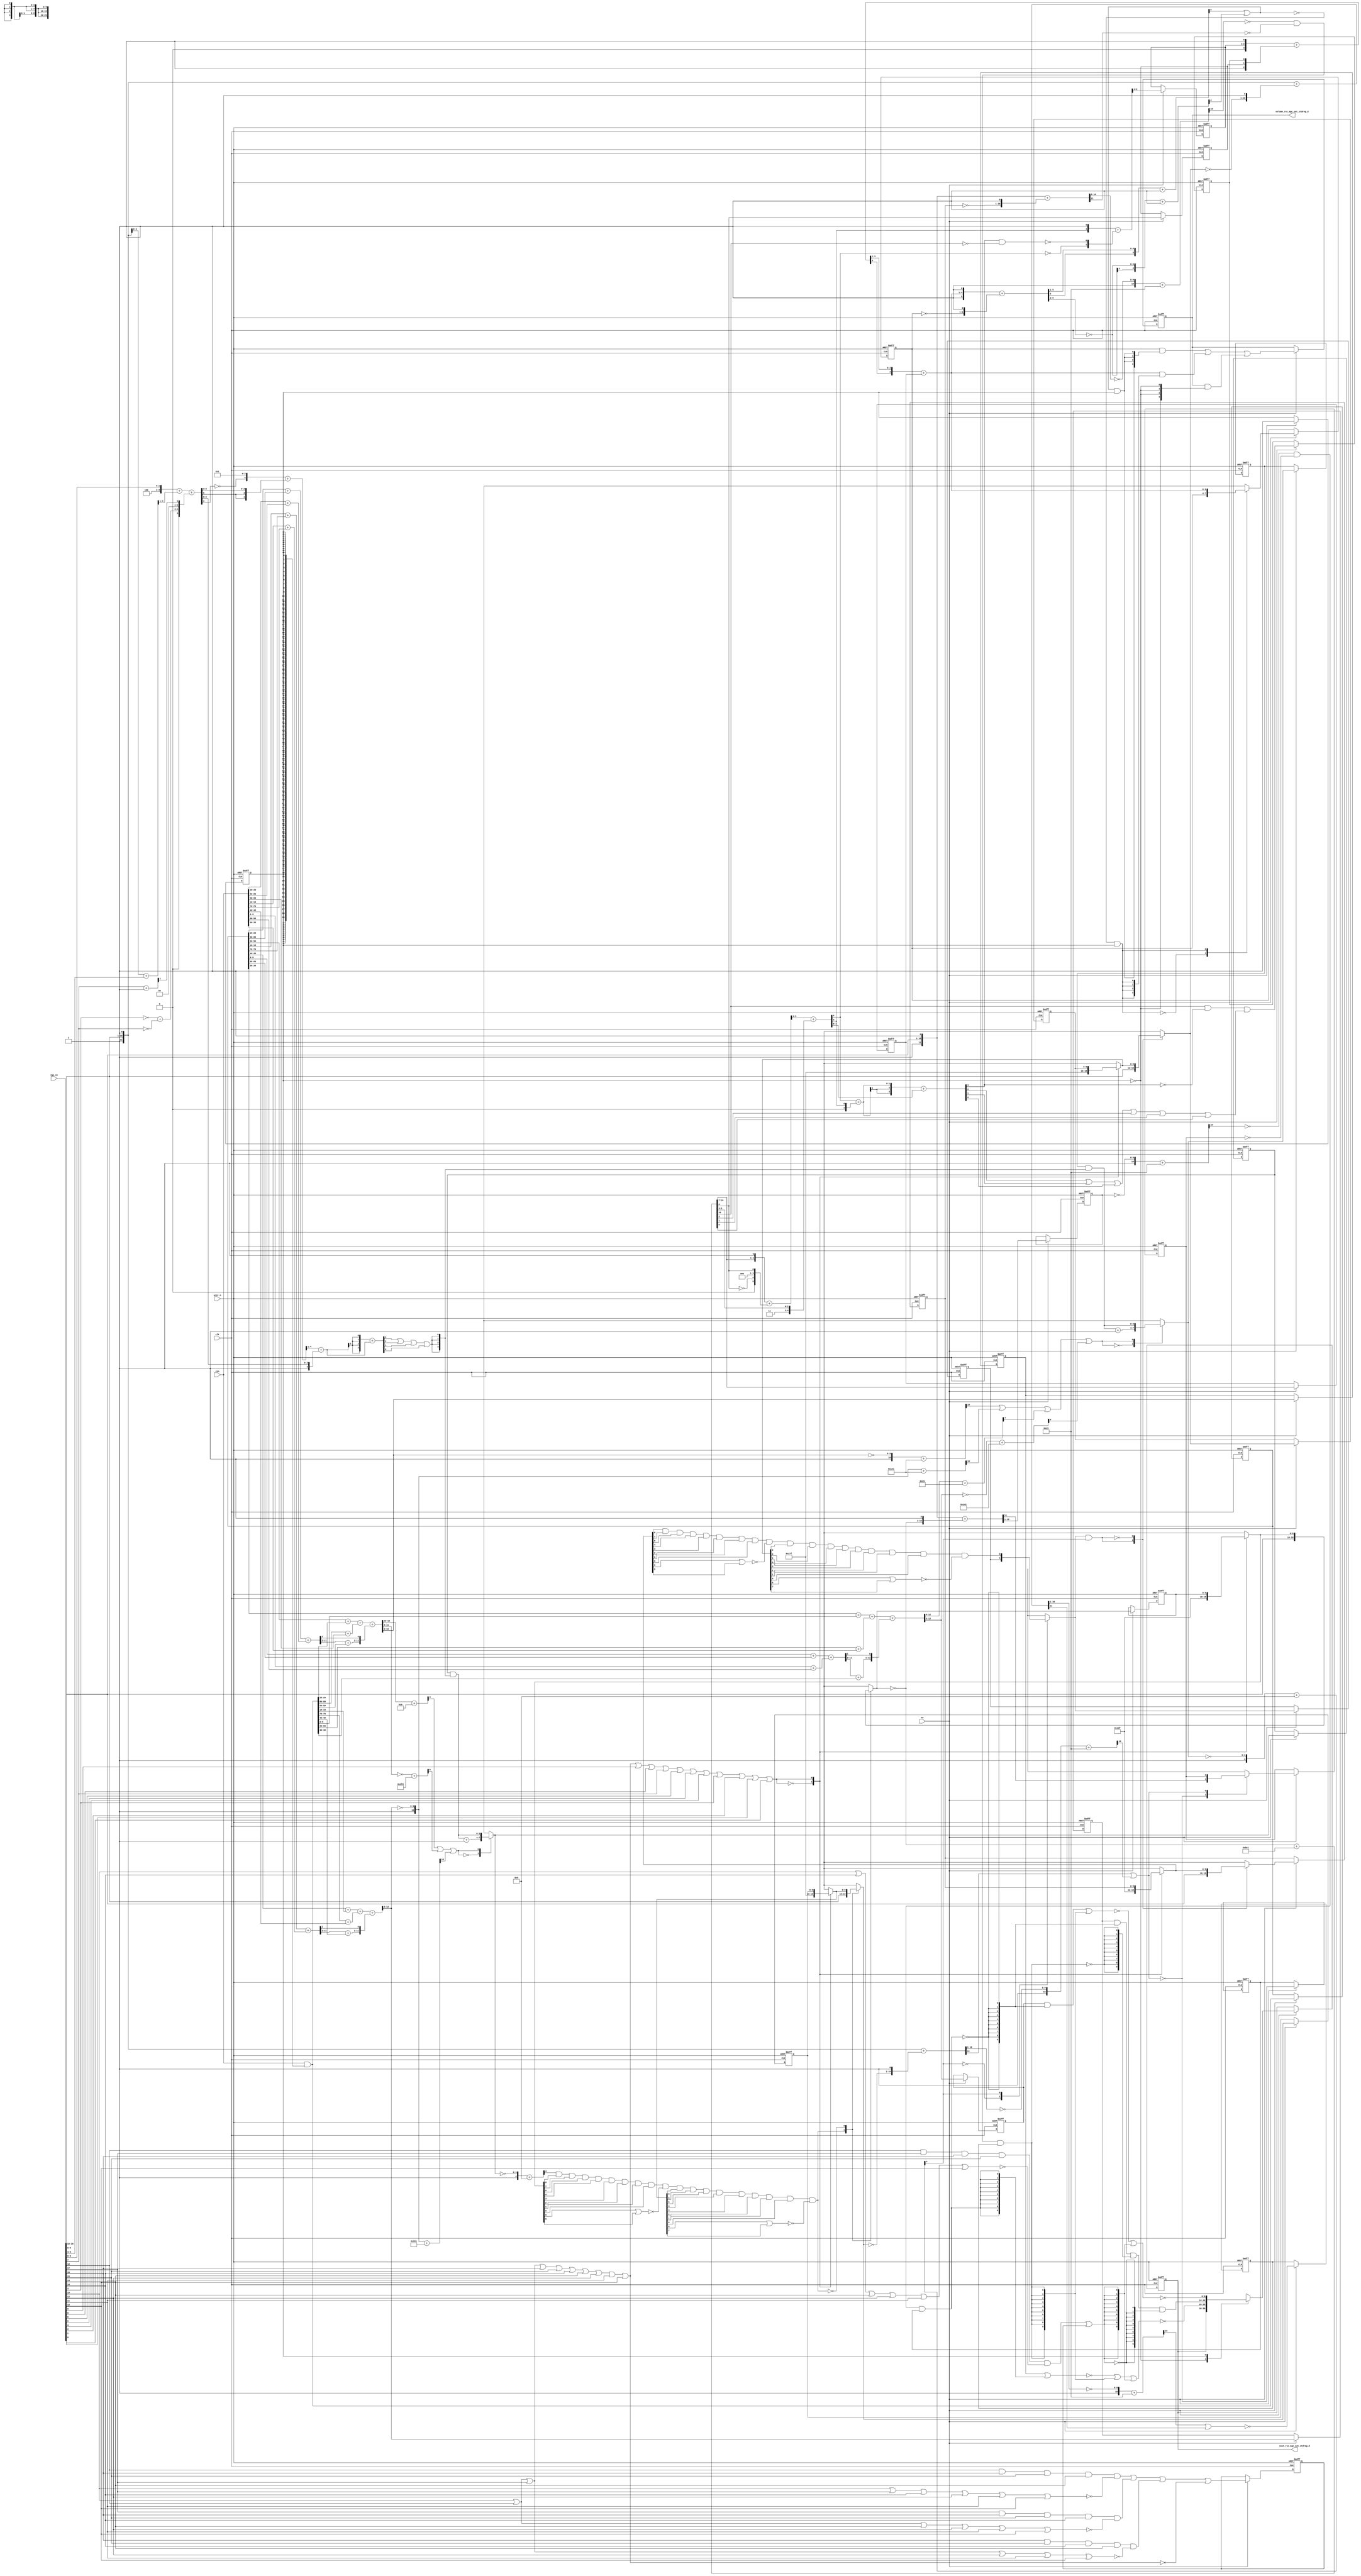
module gauss_blur_core (
  vin, vga_xy, clk, en, arst_n, vout_rsc_mgc_out_stdreg_d, volume_rsc_mgc_out_stdreg_d
);
  input [89:0] vin;
  input [19:0] vga_xy;
  input clk;
  input en;
  input arst_n;
  output [29:0] vout_rsc_mgc_out_stdreg_d;
  reg [29:0] vout_rsc_mgc_out_stdreg_d;
  output [3:0] volume_rsc_mgc_out_stdreg_d;
  reg [3:0] volume_rsc_mgc_out_stdreg_d;


  // Interconnect Declarations
  wire if_4_nor_tmp;
  wire or_dcpl_2;
  wire not_tmp_7;
  wire or_dcpl_6;
  reg [89:0] regs_regs_1_sva;
  reg [3:0] acc_14_0_sva;
  reg [3:0] acc_14_1_sva;
  reg [9:0] red_xy_0_sva;
  reg [9:0] red_xy_1_sva;
  reg [9:0] blue_xy_0_sva;
  reg [9:0] blue_xy_1_sva;
  reg [3:0] volume_previous_sva;
  reg if_9_land_lpi_1_dfm;
  reg [9:0] MAC1_acc_psp_sg1_sva_1;
  reg [9:0] MAC1_acc_39_psp_sg1_sva_1;
  reg [9:0] MAC1_acc_40_psp_sg1_sva_1;
  reg land_12_lpi_1_dfm_1;
  reg land_14_lpi_1_dfm_1;
  reg lor_3_lpi_1_dfm_1;
  reg [9:0] deltay_square_red_slc_deltay_square_red_acc_psp_itm_1;
  reg aif_41_slc_itm_1;
  reg [1:0] volume_current_slc_1_itm_1;
  reg volume_current_slc_acc_idiv_6_itm_1;
  reg and_1_itm_1;
  reg [3:0] volume_current_slc_acc_idiv_7_itm_1;
  reg main_stage_0_2;
  wire if_9_land_lpi_1_dfm_mx0;
  wire [3:0] acc_14_0_sva_dfm_1_mx0;
  wire [9:0] red_xy_1_sva_dfm_mx0;
  wire [9:0] red_xy_0_sva_dfm_mx0;
  reg reg_deltay_square_blue_acc_psp_sva_tmp;
  wire or_17_cse;
  wire and_18_cse;
  wire [11:0] deltay_square_blue_acc_1_itm;
  wire [12:0] nl_deltay_square_blue_acc_1_itm;
  wire [5:0] if_17_acc_1_itm;
  wire [6:0] nl_if_17_acc_1_itm;
  wire [12:0] MAC1_acc_itm;
  wire [13:0] nl_MAC1_acc_itm;
  wire [12:0] MAC1_acc_78_itm;
  wire [13:0] nl_MAC1_acc_78_itm;
  wire [12:0] MAC1_acc_79_itm;
  wire [13:0] nl_MAC1_acc_79_itm;
  wire [11:0] deltay_square_red_acc_1_itm;
  wire [12:0] nl_deltay_square_red_acc_1_itm;
  wire [10:0] aif_39_acc_itm;
  wire [11:0] nl_aif_39_acc_itm;
  wire [11:0] deltax_square_red_acc_1_itm;
  wire [12:0] nl_deltax_square_red_acc_1_itm;
  wire [11:0] deltax_square_blue_acc_1_itm;
  wire [12:0] nl_deltax_square_blue_acc_1_itm;
  wire [4:0] acc_3_itm;
  wire [5:0] nl_acc_3_itm;
  wire [89:0] regs_regs_0_sva_mx0;
  wire [3:0] volume_current_sva;
  wire [4:0] nl_volume_current_sva;
  wire land_11_lpi_1_dfm;
  wire land_13_lpi_1_dfm;
  wire lor_2_lpi_1_dfm;
  wire [9:0] blue_xy_1_sva_dfm_mx0;
  wire [9:0] blue_xy_0_sva_dfm_mx0;
  wire [9:0] blue_xy_0_sva_mx0;
  wire [9:0] red_xy_1_sva_mx0;
  wire [9:0] red_xy_0_sva_mx0;
  wire [3:0] acc_14_0_sva_dfm;
  wire [3:0] acc_14_1_sva_dfm_1_mx0;
  wire [3:0] acc_14_1_sva_dfm;
  wire [3:0] if_3_acc_svs;
  wire [4:0] nl_if_3_acc_svs;
  wire [3:0] if_3_acc_1_psp_sva;
  wire [4:0] nl_if_3_acc_1_psp_sva;
  wire [5:0] acc_imod_2_sva;
  wire [6:0] nl_acc_imod_2_sva;
  wire [10:0] acc_idiv_sva;
  wire [11:0] nl_acc_idiv_sva;
  wire [3:0] volume_current_acc_2_psp_sva;
  wire [4:0] nl_volume_current_acc_2_psp_sva;
  wire [4:0] volume_current_acc_psp_sva;
  wire [5:0] nl_volume_current_acc_psp_sva;
  wire [11:0] MAC1_acc_45_itm;
  wire [12:0] nl_MAC1_acc_45_itm;
  wire [11:0] MAC1_acc_52_itm;
  wire [12:0] nl_MAC1_acc_52_itm;
  wire [11:0] MAC1_acc_59_itm;
  wire [12:0] nl_MAC1_acc_59_itm;
  wire or_itm;


  // Interconnect Declarations for Component Instantiations 
  assign and_18_cse = (~ or_17_cse) & main_stage_0_2;
  assign or_17_cse = (readslicef_6_1_5((conv_s2s_5_6(if_17_acc_1_itm[5:1]) + 6'b1)))
      | (readslicef_5_1_4((conv_s2u_4_5(~ (if_17_acc_1_itm[5:2])) + 5'b1)));
  assign regs_regs_0_sva_mx0 = vin & ({{89{main_stage_0_2}}, main_stage_0_2});
  assign nl_deltay_square_blue_acc_1_itm = ({1'b1 , (vga_xy[19:10]) , 1'b1}) + conv_u2s_11_12({(~
      blue_xy_1_sva) , 1'b1});
  assign deltay_square_blue_acc_1_itm = nl_deltay_square_blue_acc_1_itm[11:0];
  assign nl_volume_current_sva = conv_s2u_3_4(readslicef_4_3_1((conv_u2s_3_4({volume_current_slc_1_itm_1
      , 1'b1}) + conv_s2s_3_4({1'b1 , volume_current_slc_acc_idiv_6_itm_1 , and_1_itm_1}))))
      + volume_current_slc_acc_idiv_7_itm_1;
  assign volume_current_sva = nl_volume_current_sva[3:0];
  assign nl_if_17_acc_1_itm = ({1'b1 , volume_current_sva , 1'b1}) + conv_u2s_5_6({(~
      volume_previous_sva) , 1'b1});
  assign if_17_acc_1_itm = nl_if_17_acc_1_itm[5:0];
  assign nl_MAC1_acc_45_itm = conv_u2u_11_12(conv_u2u_10_11(regs_regs_1_sva[29:20])
      + conv_u2u_10_11(regs_regs_1_sva[89:80])) + conv_u2u_11_12(conv_u2u_10_11(vin[29:20])
      + conv_u2u_10_11(vin[89:80]));
  assign MAC1_acc_45_itm = nl_MAC1_acc_45_itm[11:0];
  assign nl_MAC1_acc_itm = conv_u2u_12_13(conv_u2u_11_12(conv_u2u_10_11(regs_regs_1_sva[59:50])
      + conv_u2u_10_11(regs_regs_0_sva_mx0[29:20])) + conv_u2u_11_12(conv_u2u_10_11(regs_regs_0_sva_mx0[89:80])
      + conv_u2u_10_11(vin[59:50]))) + conv_u2u_12_13({(conv_u2u_10_11(MAC1_acc_45_itm[11:2])
      + conv_u2u_10_11(regs_regs_0_sva_mx0[59:50])) , (MAC1_acc_45_itm[1])});
  assign MAC1_acc_itm = nl_MAC1_acc_itm[12:0];
  assign land_11_lpi_1_dfm = (~ (readslicef_11_1_10((({1'b1 , (~ deltay_square_red_slc_deltay_square_red_acc_psp_itm_1)})
      + 11'b101001)))) & (~ aif_41_slc_itm_1) & land_12_lpi_1_dfm_1;
  assign land_13_lpi_1_dfm = (~ (readslicef_11_1_10((({1'b1 , (~ (deltay_square_blue_acc_1_itm[10:1]))})
      + 11'b101001)))) & (~ (deltay_square_blue_acc_1_itm[11])) & land_14_lpi_1_dfm_1;
  assign lor_2_lpi_1_dfm = ((vga_xy[18]) & (vga_xy[17]) & (vga_xy[16]) & (vga_xy[15])
      & (~((vga_xy[19]) | (vga_xy[14]) | (vga_xy[13]) | (vga_xy[12]) | (vga_xy[11])
      | (vga_xy[10])))) | lor_3_lpi_1_dfm_1;
  assign nl_MAC1_acc_52_itm = conv_u2u_11_12(conv_u2u_10_11(regs_regs_1_sva[19:10])
      + conv_u2u_10_11(regs_regs_1_sva[79:70])) + conv_u2u_11_12(conv_u2u_10_11(vin[19:10])
      + conv_u2u_10_11(vin[79:70]));
  assign MAC1_acc_52_itm = nl_MAC1_acc_52_itm[11:0];
  assign nl_MAC1_acc_78_itm = conv_u2u_12_13(conv_u2u_11_12(conv_u2u_10_11(regs_regs_1_sva[49:40])
      + conv_u2u_10_11(regs_regs_0_sva_mx0[19:10])) + conv_u2u_11_12(conv_u2u_10_11(regs_regs_0_sva_mx0[79:70])
      + conv_u2u_10_11(vin[49:40]))) + conv_u2u_12_13({(conv_u2u_10_11(MAC1_acc_52_itm[11:2])
      + conv_u2u_10_11(regs_regs_0_sva_mx0[49:40])) , (MAC1_acc_52_itm[1])});
  assign MAC1_acc_78_itm = nl_MAC1_acc_78_itm[12:0];
  assign nl_MAC1_acc_59_itm = conv_u2u_11_12(conv_u2u_10_11(regs_regs_1_sva[9:0])
      + conv_u2u_10_11(regs_regs_1_sva[69:60])) + conv_u2u_11_12(conv_u2u_10_11(vin[9:0])
      + conv_u2u_10_11(vin[69:60]));
  assign MAC1_acc_59_itm = nl_MAC1_acc_59_itm[11:0];
  assign nl_MAC1_acc_79_itm = conv_u2u_12_13(conv_u2u_11_12(conv_u2u_10_11(regs_regs_1_sva[39:30])
      + conv_u2u_10_11(regs_regs_0_sva_mx0[9:0])) + conv_u2u_11_12(conv_u2u_10_11(regs_regs_0_sva_mx0[69:60])
      + conv_u2u_10_11(vin[39:30]))) + conv_u2u_12_13({(conv_u2u_10_11(MAC1_acc_59_itm[11:2])
      + conv_u2u_10_11(regs_regs_0_sva_mx0[39:30])) , (MAC1_acc_59_itm[1])});
  assign MAC1_acc_79_itm = nl_MAC1_acc_79_itm[12:0];
  assign red_xy_1_sva_dfm_mx0 = MUX_v_10_2_2({10'b111011111 , red_xy_1_sva}, or_dcpl_2);
  assign red_xy_0_sva_dfm_mx0 = MUX_v_10_2_2({10'b1001111111 , red_xy_0_sva}, or_dcpl_2);
  assign blue_xy_1_sva_dfm_mx0 = MUX_v_10_2_2({10'b111011111 , blue_xy_1_sva}, or_dcpl_2);
  assign blue_xy_0_sva_dfm_mx0 = MUX_v_10_2_2({10'b1001111111 , blue_xy_0_sva}, or_dcpl_2);
  assign blue_xy_0_sva_mx0 = MUX_v_10_2_2({(vga_xy[9:0]) , blue_xy_0_sva_dfm_mx0},
      not_tmp_7);
  assign red_xy_1_sva_mx0 = MUX_v_10_2_2({(vga_xy[19:10]) , red_xy_1_sva_dfm_mx0},
      or_dcpl_6);
  assign red_xy_0_sva_mx0 = MUX_v_10_2_2({(vga_xy[9:0]) , red_xy_0_sva_dfm_mx0},
      or_dcpl_6);
  assign acc_14_0_sva_dfm_1_mx0 = MUX_v_4_2_2({(acc_14_0_sva_dfm + 4'b1) , acc_14_0_sva_dfm},
      (readslicef_4_1_3((conv_u2u_3_4(MAC1_acc_itm[12:10]) + 4'b1011))) | (readslicef_10_1_9((conv_u2s_9_10(~
      (MAC1_acc_itm[11:3])) + 10'b1111111101))) | (readslicef_11_1_10((({1'b1 , (~
      (MAC1_acc_78_itm[12:3]))}) + 11'b110010001))));
  assign acc_14_0_sva_dfm = acc_14_0_sva & ({{3{or_itm}}, or_itm});
  assign acc_14_1_sva_dfm_1_mx0 = MUX_v_4_2_2({(acc_14_1_sva_dfm + 4'b1) , acc_14_1_sva_dfm},
      (readslicef_11_1_10((({1'b1 , (~ (MAC1_acc_itm[12:3]))}) + 11'b101000001)))
      | (readslicef_11_1_10((({1'b1 , (~ (MAC1_acc_78_itm[12:3]))}) + 11'b101000001)))
      | (readslicef_8_1_7((conv_u2u_7_8(MAC1_acc_79_itm[12:6]) + 8'b11010011))) |
      (readslicef_10_1_9(((~ (MAC1_acc_79_itm[12:3])) + 10'b1011010001))));
  assign acc_14_1_sva_dfm = acc_14_1_sva & ({{3{or_itm}}, or_itm});
  assign if_9_land_lpi_1_dfm_mx0 = MUX_s_1_2_2({if_9_land_lpi_1_dfm , ((blue_xy_1_sva_dfm_mx0[8])
      & (blue_xy_1_sva_dfm_mx0[7]) & (blue_xy_1_sva_dfm_mx0[6]) & (blue_xy_1_sva_dfm_mx0[4])
      & (blue_xy_1_sva_dfm_mx0[3]) & (blue_xy_1_sva_dfm_mx0[2]) & (blue_xy_1_sva_dfm_mx0[1])
      & (blue_xy_1_sva_dfm_mx0[0]) & (~((blue_xy_1_sva_dfm_mx0[9]) | (blue_xy_1_sva_dfm_mx0[5])))
      & (blue_xy_0_sva_dfm_mx0[9]) & (blue_xy_0_sva_dfm_mx0[6]) & (blue_xy_0_sva_dfm_mx0[5])
      & (blue_xy_0_sva_dfm_mx0[4]) & (blue_xy_0_sva_dfm_mx0[3]) & (blue_xy_0_sva_dfm_mx0[2])
      & (blue_xy_0_sva_dfm_mx0[1]) & (blue_xy_0_sva_dfm_mx0[0]) & (~((blue_xy_0_sva_dfm_mx0[8])
      | (blue_xy_0_sva_dfm_mx0[7]))))}, acc_3_itm[4]);
  assign nl_deltay_square_red_acc_1_itm = ({1'b1 , (vga_xy[19:10]) , 1'b1}) + conv_u2s_11_12({(~
      red_xy_1_sva_mx0) , 1'b1});
  assign deltay_square_red_acc_1_itm = nl_deltay_square_red_acc_1_itm[11:0];
  assign nl_aif_39_acc_itm = ({1'b1 , (~ (deltax_square_red_acc_1_itm[10:1]))}) +
      11'b101001;
  assign aif_39_acc_itm = nl_aif_39_acc_itm[10:0];
  assign nl_deltax_square_red_acc_1_itm = ({1'b1 , (vga_xy[9:0]) , 1'b1}) + conv_u2s_11_12({(~
      red_xy_0_sva_mx0) , 1'b1});
  assign deltax_square_red_acc_1_itm = nl_deltax_square_red_acc_1_itm[11:0];
  assign if_4_nor_tmp = ~((vga_xy[19]) | (vga_xy[18]) | (vga_xy[17]) | (vga_xy[16])
      | (vga_xy[15]) | (vga_xy[14]) | (vga_xy[13]) | (vga_xy[12]) | (vga_xy[11])
      | (vga_xy[10]));
  assign nl_deltax_square_blue_acc_1_itm = ({1'b1 , (vga_xy[9:0]) , 1'b1}) + conv_u2s_11_12({(~
      blue_xy_0_sva_mx0) , 1'b1});
  assign deltax_square_blue_acc_1_itm = nl_deltax_square_blue_acc_1_itm[11:0];
  assign nl_acc_3_itm = ({1'b1 , (~ acc_14_1_sva_dfm_1_mx0)}) + 5'b1001;
  assign acc_3_itm = nl_acc_3_itm[4:0];
  assign nl_if_3_acc_svs = conv_s2u_1_4(if_3_acc_1_psp_sva[3]) + if_3_acc_1_psp_sva;
  assign if_3_acc_svs = nl_if_3_acc_svs[3:0];
  assign nl_if_3_acc_1_psp_sva = (readslicef_5_4_1((({(~ (acc_imod_2_sva[3])) , 4'b1})
      + conv_s2u_3_5(acc_imod_2_sva[5:3])))) + ({1'b1 , (acc_imod_2_sva[2:0])});
  assign if_3_acc_1_psp_sva = nl_if_3_acc_1_psp_sva[3:0];
  assign nl_acc_imod_2_sva = conv_s2s_5_6(({3'b100 , (vga_xy[9:8])}) + conv_u2s_4_5(readslicef_5_4_1((conv_u2u_4_5({(vga_xy[2:0])
      , 1'b1}) + conv_u2u_4_5(vga_xy[6:3]))))) + conv_u2s_5_6({(conv_u2u_1_2(~ (vga_xy[3]))
      + conv_u2u_1_2(~ (vga_xy[7]))) , 2'b0 , (readslicef_2_1_1((conv_u2u_1_2(vga_xy[7])
      + 2'b1)))});
  assign acc_imod_2_sva = nl_acc_imod_2_sva[5:0];
  assign nl_acc_idiv_sva = conv_u2s_10_11(~ red_xy_1_sva_mx0) + 11'b10111100001;
  assign acc_idiv_sva = nl_acc_idiv_sva[10:0];
  assign nl_volume_current_acc_2_psp_sva = conv_s2u_2_4(conv_s2s_1_2(volume_current_acc_psp_sva[4])
      + conv_u2s_1_2(volume_current_acc_psp_sva[3])) + (volume_current_acc_psp_sva[3:0]);
  assign volume_current_acc_2_psp_sva = nl_volume_current_acc_2_psp_sva[3:0];
  assign nl_volume_current_acc_psp_sva = (readslicef_6_5_1((conv_s2s_5_6({(acc_idiv_sva[10:7])
      , 1'b1}) + conv_u2s_5_6({(~ (acc_idiv_sva[6])) , 3'b0 , (acc_idiv_sva[6])}))))
      + conv_s2u_4_5({1'b1 , (acc_idiv_sva[5:3])});
  assign volume_current_acc_psp_sva = nl_volume_current_acc_psp_sva[4:0];
  assign or_itm = (if_3_acc_svs[3]) | (if_3_acc_svs[2]) | (if_3_acc_svs[1]) | (if_3_acc_svs[0]);
  assign or_dcpl_2 = (~ if_4_nor_tmp) | (vga_xy[9]) | (vga_xy[8]) | (vga_xy[7]) |
      (vga_xy[6]) | (vga_xy[5]) | (vga_xy[4]) | (vga_xy[3]) | (vga_xy[2]) | (vga_xy[1])
      | (vga_xy[0]);
  assign not_tmp_7 = ~(if_9_land_lpi_1_dfm_mx0 & (acc_3_itm[4]));
  assign or_dcpl_6 = ~((readslicef_5_1_4((({1'b1 , (~ acc_14_0_sva_dfm_1_mx0)}) +
      5'b1001))) & (red_xy_1_sva_dfm_mx0[8]) & (red_xy_1_sva_dfm_mx0[7]) & (red_xy_1_sva_dfm_mx0[6])
      & (red_xy_1_sva_dfm_mx0[4]) & (red_xy_1_sva_dfm_mx0[3]) & (red_xy_1_sva_dfm_mx0[2])
      & (red_xy_1_sva_dfm_mx0[1]) & (red_xy_1_sva_dfm_mx0[0]) & (~((red_xy_1_sva_dfm_mx0[9])
      | (red_xy_1_sva_dfm_mx0[5]))) & (red_xy_0_sva_dfm_mx0[9]) & (red_xy_0_sva_dfm_mx0[6])
      & (red_xy_0_sva_dfm_mx0[5]) & (red_xy_0_sva_dfm_mx0[4]) & (red_xy_0_sva_dfm_mx0[3])
      & (red_xy_0_sva_dfm_mx0[2]) & (red_xy_0_sva_dfm_mx0[1]) & (red_xy_0_sva_dfm_mx0[0])
      & (~((red_xy_0_sva_dfm_mx0[8]) | (red_xy_0_sva_dfm_mx0[7]))));
  always @(posedge clk or negedge arst_n) begin
    if ( ~ arst_n ) begin
      vout_rsc_mgc_out_stdreg_d <= 30'b0;
      volume_rsc_mgc_out_stdreg_d <= 4'b0;
      deltay_square_red_slc_deltay_square_red_acc_psp_itm_1 <= 10'b0;
      volume_previous_sva <= 4'b0;
      MAC1_acc_psp_sg1_sva_1 <= 10'b0;
      MAC1_acc_39_psp_sg1_sva_1 <= 10'b0;
      MAC1_acc_40_psp_sg1_sva_1 <= 10'b0;
      lor_3_lpi_1_dfm_1 <= 1'b0;
      volume_current_slc_1_itm_1 <= 2'b0;
      volume_current_slc_acc_idiv_6_itm_1 <= 1'b0;
      and_1_itm_1 <= 1'b0;
      volume_current_slc_acc_idiv_7_itm_1 <= 4'b0;
      land_14_lpi_1_dfm_1 <= 1'b0;
      aif_41_slc_itm_1 <= 1'b0;
      land_12_lpi_1_dfm_1 <= 1'b0;
      blue_xy_1_sva <= 10'b0;
      blue_xy_0_sva <= 10'b0;
      red_xy_1_sva <= 10'b0;
      red_xy_0_sva <= 10'b0;
      if_9_land_lpi_1_dfm <= 1'b0;
      acc_14_1_sva <= 4'b0;
      acc_14_0_sva <= 4'b0;
      regs_regs_1_sva <= 90'b0;
      main_stage_0_2 <= 1'b0;
      reg_deltay_square_blue_acc_psp_sva_tmp <= 1'b0;
    end
    else begin
      if ( en ) begin
        vout_rsc_mgc_out_stdreg_d <= MUX_v_30_2_2({vout_rsc_mgc_out_stdreg_d , ({(~((~(MAC1_acc_psp_sg1_sva_1
            | ({{9{land_11_lpi_1_dfm}}, land_11_lpi_1_dfm}))) | ({{9{land_13_lpi_1_dfm}},
            land_13_lpi_1_dfm}) | ({{9{lor_2_lpi_1_dfm}}, lor_2_lpi_1_dfm}))) , (MAC1_acc_39_psp_sg1_sva_1
            & (signext_10_1(~ land_11_lpi_1_dfm)) & (signext_10_1(~ land_13_lpi_1_dfm))
            & (signext_10_1(~ lor_2_lpi_1_dfm))) , (~((~((MAC1_acc_40_psp_sg1_sva_1
            & (signext_10_1(~ land_11_lpi_1_dfm))) | ({{9{land_13_lpi_1_dfm}}, land_13_lpi_1_dfm})))
            | ({{9{lor_2_lpi_1_dfm}}, lor_2_lpi_1_dfm})))})}, main_stage_0_2);
        volume_rsc_mgc_out_stdreg_d <= MUX1HOT_v_4_3_2({volume_rsc_mgc_out_stdreg_d
            , volume_current_sva , volume_previous_sva}, {(~ main_stage_0_2) , and_18_cse
            , (or_17_cse & main_stage_0_2)});
        deltay_square_red_slc_deltay_square_red_acc_psp_itm_1 <= deltay_square_red_acc_1_itm[10:1];
        volume_previous_sva <= MUX_v_4_2_2({volume_previous_sva , volume_current_sva},
            and_18_cse);
        MAC1_acc_psp_sg1_sva_1 <= MAC1_acc_itm[12:3];
        MAC1_acc_39_psp_sg1_sva_1 <= MAC1_acc_78_itm[12:3];
        MAC1_acc_40_psp_sg1_sva_1 <= MAC1_acc_79_itm[12:3];
        lor_3_lpi_1_dfm_1 <= ((vga_xy[18]) & (vga_xy[16]) & (vga_xy[15]) & (vga_xy[13])
            & (~((vga_xy[19]) | (vga_xy[17]) | (vga_xy[14]) | (vga_xy[12]) | (vga_xy[11])
            | (vga_xy[10])))) | ((vga_xy[17]) & (vga_xy[16]) & (vga_xy[15]) & (vga_xy[14])
            & (~((vga_xy[19]) | (vga_xy[18]) | (vga_xy[13]) | (vga_xy[12]) | (vga_xy[11])
            | (vga_xy[10])))) | ((vga_xy[16]) & (vga_xy[15]) & (vga_xy[14]) & (vga_xy[13])
            & (~((vga_xy[19]) | (vga_xy[18]) | (vga_xy[17]) | (vga_xy[12]) | (vga_xy[11])
            | (vga_xy[10])))) | if_4_nor_tmp;
        volume_current_slc_1_itm_1 <= readslicef_3_2_1((conv_u2u_2_3({(volume_current_acc_psp_sva[3])
            , 1'b1}) + conv_u2u_2_3({(~ (volume_current_acc_psp_sva[4])) , (~((volume_current_acc_2_psp_sva[3])
            & (~ (acc_idiv_sva[10]))))})));
        volume_current_slc_acc_idiv_6_itm_1 <= acc_idiv_sva[6];
        and_1_itm_1 <= (acc_idiv_sva[10]) & (~ (volume_current_acc_2_psp_sva[3]))
            & ((volume_current_acc_2_psp_sva[2]) | (volume_current_acc_2_psp_sva[1])
            | (volume_current_acc_2_psp_sva[0]) | (acc_idiv_sva[2]) | (acc_idiv_sva[1])
            | (acc_idiv_sva[0]));
        volume_current_slc_acc_idiv_7_itm_1 <= acc_idiv_sva[10:7];
        land_14_lpi_1_dfm_1 <= ~((readslicef_11_1_10((({1'b1 , (~ (deltax_square_blue_acc_1_itm[10:1]))})
            + 11'b101001))) | (deltax_square_blue_acc_1_itm[11]));
        aif_41_slc_itm_1 <= MUX_s_1_2_2({(deltay_square_red_acc_1_itm[11]) , aif_41_slc_itm_1},
            (deltax_square_red_acc_1_itm[11]) | (aif_39_acc_itm[10]));
        land_12_lpi_1_dfm_1 <= ~((aif_39_acc_itm[10]) | (deltax_square_red_acc_1_itm[11]));
        blue_xy_1_sva <= MUX_v_10_2_2({(vga_xy[19:10]) , blue_xy_1_sva_dfm_mx0},
            not_tmp_7);
        blue_xy_0_sva <= blue_xy_0_sva_mx0;
        red_xy_1_sva <= red_xy_1_sva_mx0;
        red_xy_0_sva <= red_xy_0_sva_mx0;
        if_9_land_lpi_1_dfm <= if_9_land_lpi_1_dfm_mx0;
        acc_14_1_sva <= acc_14_1_sva_dfm_1_mx0;
        acc_14_0_sva <= acc_14_0_sva_dfm_1_mx0;
        regs_regs_1_sva <= regs_regs_0_sva_mx0;
        main_stage_0_2 <= 1'b1;
        reg_deltay_square_blue_acc_psp_sva_tmp <= MUX_s_1_2_2({reg_deltay_square_blue_acc_psp_sva_tmp
            , (MUX_s_1_2_2({reg_deltay_square_blue_acc_psp_sva_tmp , (deltay_square_blue_acc_1_itm[11])},
            land_14_lpi_1_dfm_1))}, main_stage_0_2);
      end
    end
  end

  function [0:0] readslicef_6_1_5;
    input [5:0] vector;
    reg [5:0] tmp;
  begin
    tmp = vector >> 5;
    readslicef_6_1_5 = tmp[0:0];
  end
  endfunction


  function [0:0] readslicef_5_1_4;
    input [4:0] vector;
    reg [4:0] tmp;
  begin
    tmp = vector >> 4;
    readslicef_5_1_4 = tmp[0:0];
  end
  endfunction


  function [2:0] readslicef_4_3_1;
    input [3:0] vector;
    reg [3:0] tmp;
  begin
    tmp = vector >> 1;
    readslicef_4_3_1 = tmp[2:0];
  end
  endfunction


  function [0:0] readslicef_11_1_10;
    input [10:0] vector;
    reg [10:0] tmp;
  begin
    tmp = vector >> 10;
    readslicef_11_1_10 = tmp[0:0];
  end
  endfunction


  function [9:0] MUX_v_10_2_2;
    input [19:0] inputs;
    input [0:0] sel;
    reg [9:0] result;
  begin
    case (sel)
      1'b0 : begin
        result = inputs[19:10];
      end
      1'b1 : begin
        result = inputs[9:0];
      end
      default : begin
        result = inputs[19:10];
      end
    endcase
    MUX_v_10_2_2 = result;
  end
  endfunction


  function [3:0] MUX_v_4_2_2;
    input [7:0] inputs;
    input [0:0] sel;
    reg [3:0] result;
  begin
    case (sel)
      1'b0 : begin
        result = inputs[7:4];
      end
      1'b1 : begin
        result = inputs[3:0];
      end
      default : begin
        result = inputs[7:4];
      end
    endcase
    MUX_v_4_2_2 = result;
  end
  endfunction


  function [0:0] readslicef_4_1_3;
    input [3:0] vector;
    reg [3:0] tmp;
  begin
    tmp = vector >> 3;
    readslicef_4_1_3 = tmp[0:0];
  end
  endfunction


  function [0:0] readslicef_10_1_9;
    input [9:0] vector;
    reg [9:0] tmp;
  begin
    tmp = vector >> 9;
    readslicef_10_1_9 = tmp[0:0];
  end
  endfunction


  function [0:0] readslicef_8_1_7;
    input [7:0] vector;
    reg [7:0] tmp;
  begin
    tmp = vector >> 7;
    readslicef_8_1_7 = tmp[0:0];
  end
  endfunction


  function [0:0] MUX_s_1_2_2;
    input [1:0] inputs;
    input [0:0] sel;
    reg [0:0] result;
  begin
    case (sel)
      1'b0 : begin
        result = inputs[1:1];
      end
      1'b1 : begin
        result = inputs[0:0];
      end
      default : begin
        result = inputs[1:1];
      end
    endcase
    MUX_s_1_2_2 = result;
  end
  endfunction


  function [3:0] readslicef_5_4_1;
    input [4:0] vector;
    reg [4:0] tmp;
  begin
    tmp = vector >> 1;
    readslicef_5_4_1 = tmp[3:0];
  end
  endfunction


  function [0:0] readslicef_2_1_1;
    input [1:0] vector;
    reg [1:0] tmp;
  begin
    tmp = vector >> 1;
    readslicef_2_1_1 = tmp[0:0];
  end
  endfunction


  function [4:0] readslicef_6_5_1;
    input [5:0] vector;
    reg [5:0] tmp;
  begin
    tmp = vector >> 1;
    readslicef_6_5_1 = tmp[4:0];
  end
  endfunction


  function [29:0] MUX_v_30_2_2;
    input [59:0] inputs;
    input [0:0] sel;
    reg [29:0] result;
  begin
    case (sel)
      1'b0 : begin
        result = inputs[59:30];
      end
      1'b1 : begin
        result = inputs[29:0];
      end
      default : begin
        result = inputs[59:30];
      end
    endcase
    MUX_v_30_2_2 = result;
  end
  endfunction


  function [9:0] signext_10_1;
    input [0:0] vector;
  begin
    signext_10_1= {{9{vector[0]}}, vector};
  end
  endfunction


  function [3:0] MUX1HOT_v_4_3_2;
    input [11:0] inputs;
    input [2:0] sel;
    reg [3:0] result;
    integer i;
  begin
    result = inputs[0+:4] & {4{sel[0]}};
    for( i = 1; i < 3; i = i + 1 )
      result = result | (inputs[i*4+:4] & {4{sel[i]}});
    MUX1HOT_v_4_3_2 = result;
  end
  endfunction


  function [1:0] readslicef_3_2_1;
    input [2:0] vector;
    reg [2:0] tmp;
  begin
    tmp = vector >> 1;
    readslicef_3_2_1 = tmp[1:0];
  end
  endfunction


  function signed [5:0] conv_s2s_5_6 ;
    input signed [4:0]  vector ;
  begin
    conv_s2s_5_6 = {vector[4], vector};
  end
  endfunction


  function  [4:0] conv_s2u_4_5 ;
    input signed [3:0]  vector ;
  begin
    conv_s2u_4_5 = {vector[3], vector};
  end
  endfunction


  function signed [11:0] conv_u2s_11_12 ;
    input [10:0]  vector ;
  begin
    conv_u2s_11_12 = {1'b0, vector};
  end
  endfunction


  function  [3:0] conv_s2u_3_4 ;
    input signed [2:0]  vector ;
  begin
    conv_s2u_3_4 = {vector[2], vector};
  end
  endfunction


  function signed [3:0] conv_u2s_3_4 ;
    input [2:0]  vector ;
  begin
    conv_u2s_3_4 = {1'b0, vector};
  end
  endfunction


  function signed [3:0] conv_s2s_3_4 ;
    input signed [2:0]  vector ;
  begin
    conv_s2s_3_4 = {vector[2], vector};
  end
  endfunction


  function signed [5:0] conv_u2s_5_6 ;
    input [4:0]  vector ;
  begin
    conv_u2s_5_6 = {1'b0, vector};
  end
  endfunction


  function  [11:0] conv_u2u_11_12 ;
    input [10:0]  vector ;
  begin
    conv_u2u_11_12 = {1'b0, vector};
  end
  endfunction


  function  [10:0] conv_u2u_10_11 ;
    input [9:0]  vector ;
  begin
    conv_u2u_10_11 = {1'b0, vector};
  end
  endfunction


  function  [12:0] conv_u2u_12_13 ;
    input [11:0]  vector ;
  begin
    conv_u2u_12_13 = {1'b0, vector};
  end
  endfunction


  function  [3:0] conv_u2u_3_4 ;
    input [2:0]  vector ;
  begin
    conv_u2u_3_4 = {1'b0, vector};
  end
  endfunction


  function signed [9:0] conv_u2s_9_10 ;
    input [8:0]  vector ;
  begin
    conv_u2s_9_10 = {1'b0, vector};
  end
  endfunction


  function  [7:0] conv_u2u_7_8 ;
    input [6:0]  vector ;
  begin
    conv_u2u_7_8 = {1'b0, vector};
  end
  endfunction


  function  [3:0] conv_s2u_1_4 ;
    input signed [0:0]  vector ;
  begin
    conv_s2u_1_4 = {{3{vector[0]}}, vector};
  end
  endfunction


  function  [4:0] conv_s2u_3_5 ;
    input signed [2:0]  vector ;
  begin
    conv_s2u_3_5 = {{2{vector[2]}}, vector};
  end
  endfunction


  function signed [4:0] conv_u2s_4_5 ;
    input [3:0]  vector ;
  begin
    conv_u2s_4_5 = {1'b0, vector};
  end
  endfunction


  function  [4:0] conv_u2u_4_5 ;
    input [3:0]  vector ;
  begin
    conv_u2u_4_5 = {1'b0, vector};
  end
  endfunction


  function  [1:0] conv_u2u_1_2 ;
    input [0:0]  vector ;
  begin
    conv_u2u_1_2 = {1'b0, vector};
  end
  endfunction


  function signed [10:0] conv_u2s_10_11 ;
    input [9:0]  vector ;
  begin
    conv_u2s_10_11 = {1'b0, vector};
  end
  endfunction


  function  [3:0] conv_s2u_2_4 ;
    input signed [1:0]  vector ;
  begin
    conv_s2u_2_4 = {{2{vector[1]}}, vector};
  end
  endfunction


  function signed [1:0] conv_s2s_1_2 ;
    input signed [0:0]  vector ;
  begin
    conv_s2s_1_2 = {vector[0], vector};
  end
  endfunction


  function signed [1:0] conv_u2s_1_2 ;
    input [0:0]  vector ;
  begin
    conv_u2s_1_2 = {1'b0, vector};
  end
  endfunction


  function  [2:0] conv_u2u_2_3 ;
    input [1:0]  vector ;
  begin
    conv_u2u_2_3 = {1'b0, vector};
  end
  endfunction

endmodule
module gauss_blur (
  vin, vout_rsc_z, vga_xy, volume_rsc_z, clk, en, arst_n
);
  input [89:0] vin;
  output [29:0] vout_rsc_z;
  input [19:0] vga_xy;
  output [3:0] volume_rsc_z;
  input clk;
  input en;
  input arst_n;


  // Interconnect Declarations
  wire [29:0] vout_rsc_mgc_out_stdreg_d;
  wire [3:0] volume_rsc_mgc_out_stdreg_d;


  // Interconnect Declarations for Component Instantiations 
  mgc_out_stdreg #(.rscid(2),
  .width(30)) vout_rsc_mgc_out_stdreg (
      .d(vout_rsc_mgc_out_stdreg_d),
      .z(vout_rsc_z)
    );
  mgc_out_stdreg #(.rscid(4),
  .width(4)) volume_rsc_mgc_out_stdreg (
      .d(volume_rsc_mgc_out_stdreg_d),
      .z(volume_rsc_z)
    );
  gauss_blur_core gauss_blur_core_inst (
      .vin(vin),
      .vga_xy(vga_xy),
      .clk(clk),
      .en(en),
      .arst_n(arst_n),
      .vout_rsc_mgc_out_stdreg_d(vout_rsc_mgc_out_stdreg_d),
      .volume_rsc_mgc_out_stdreg_d(volume_rsc_mgc_out_stdreg_d)
    );
endmodule